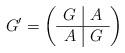
LaTeX: \begin{align*}G'=\left( \begin{array}{c|c} G & A \\ \hline A & G \end{array}\right)\end{align*}